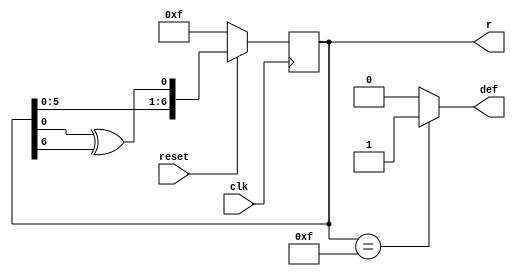
module N3(clk, reset, def, r);
input clk, reset;
output def;
output reg [6:0]r;
assign def = r == 15?1:0;
always@(posedge clk)begin
	if(reset == 0)begin
		r<= 15;//00001111
	end else begin
		r <= {r[5:0], r[0]^r[6]};
	end
end


endmodule